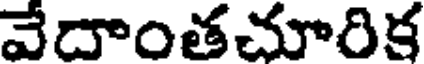
వేదాంతచూరిక